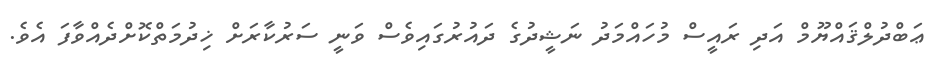
ޢަބްދުލްޤައްޔޫމް އަދި ރައީސް މުހައްމަދު ނަޝީދުގެ ދައުރުގައިވެސް ވަނީ ސަރުކާރަށް ޚިދުމަތްކޮށްދެއްވާފަ އެވެ.